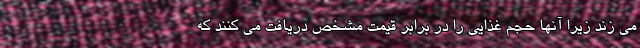
می زند زیرا آنها حجم غذایی را در برابر قیمت مشخص دریافت می کنند که